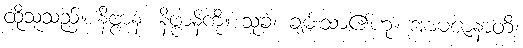
ထိုသူသည်။ နိဗ္ဗာနံ၊ နိဗ္ဗာန်ကို။ သုခံ၊ ချမ်းသာ၏ဟု။ အာမဇာနာတိ၊